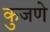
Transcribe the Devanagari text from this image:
कुजणे